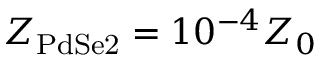
Z _ { \mathrm { P d S e 2 } } = 1 0 ^ { - 4 } Z _ { 0 }